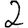
Digit: 2